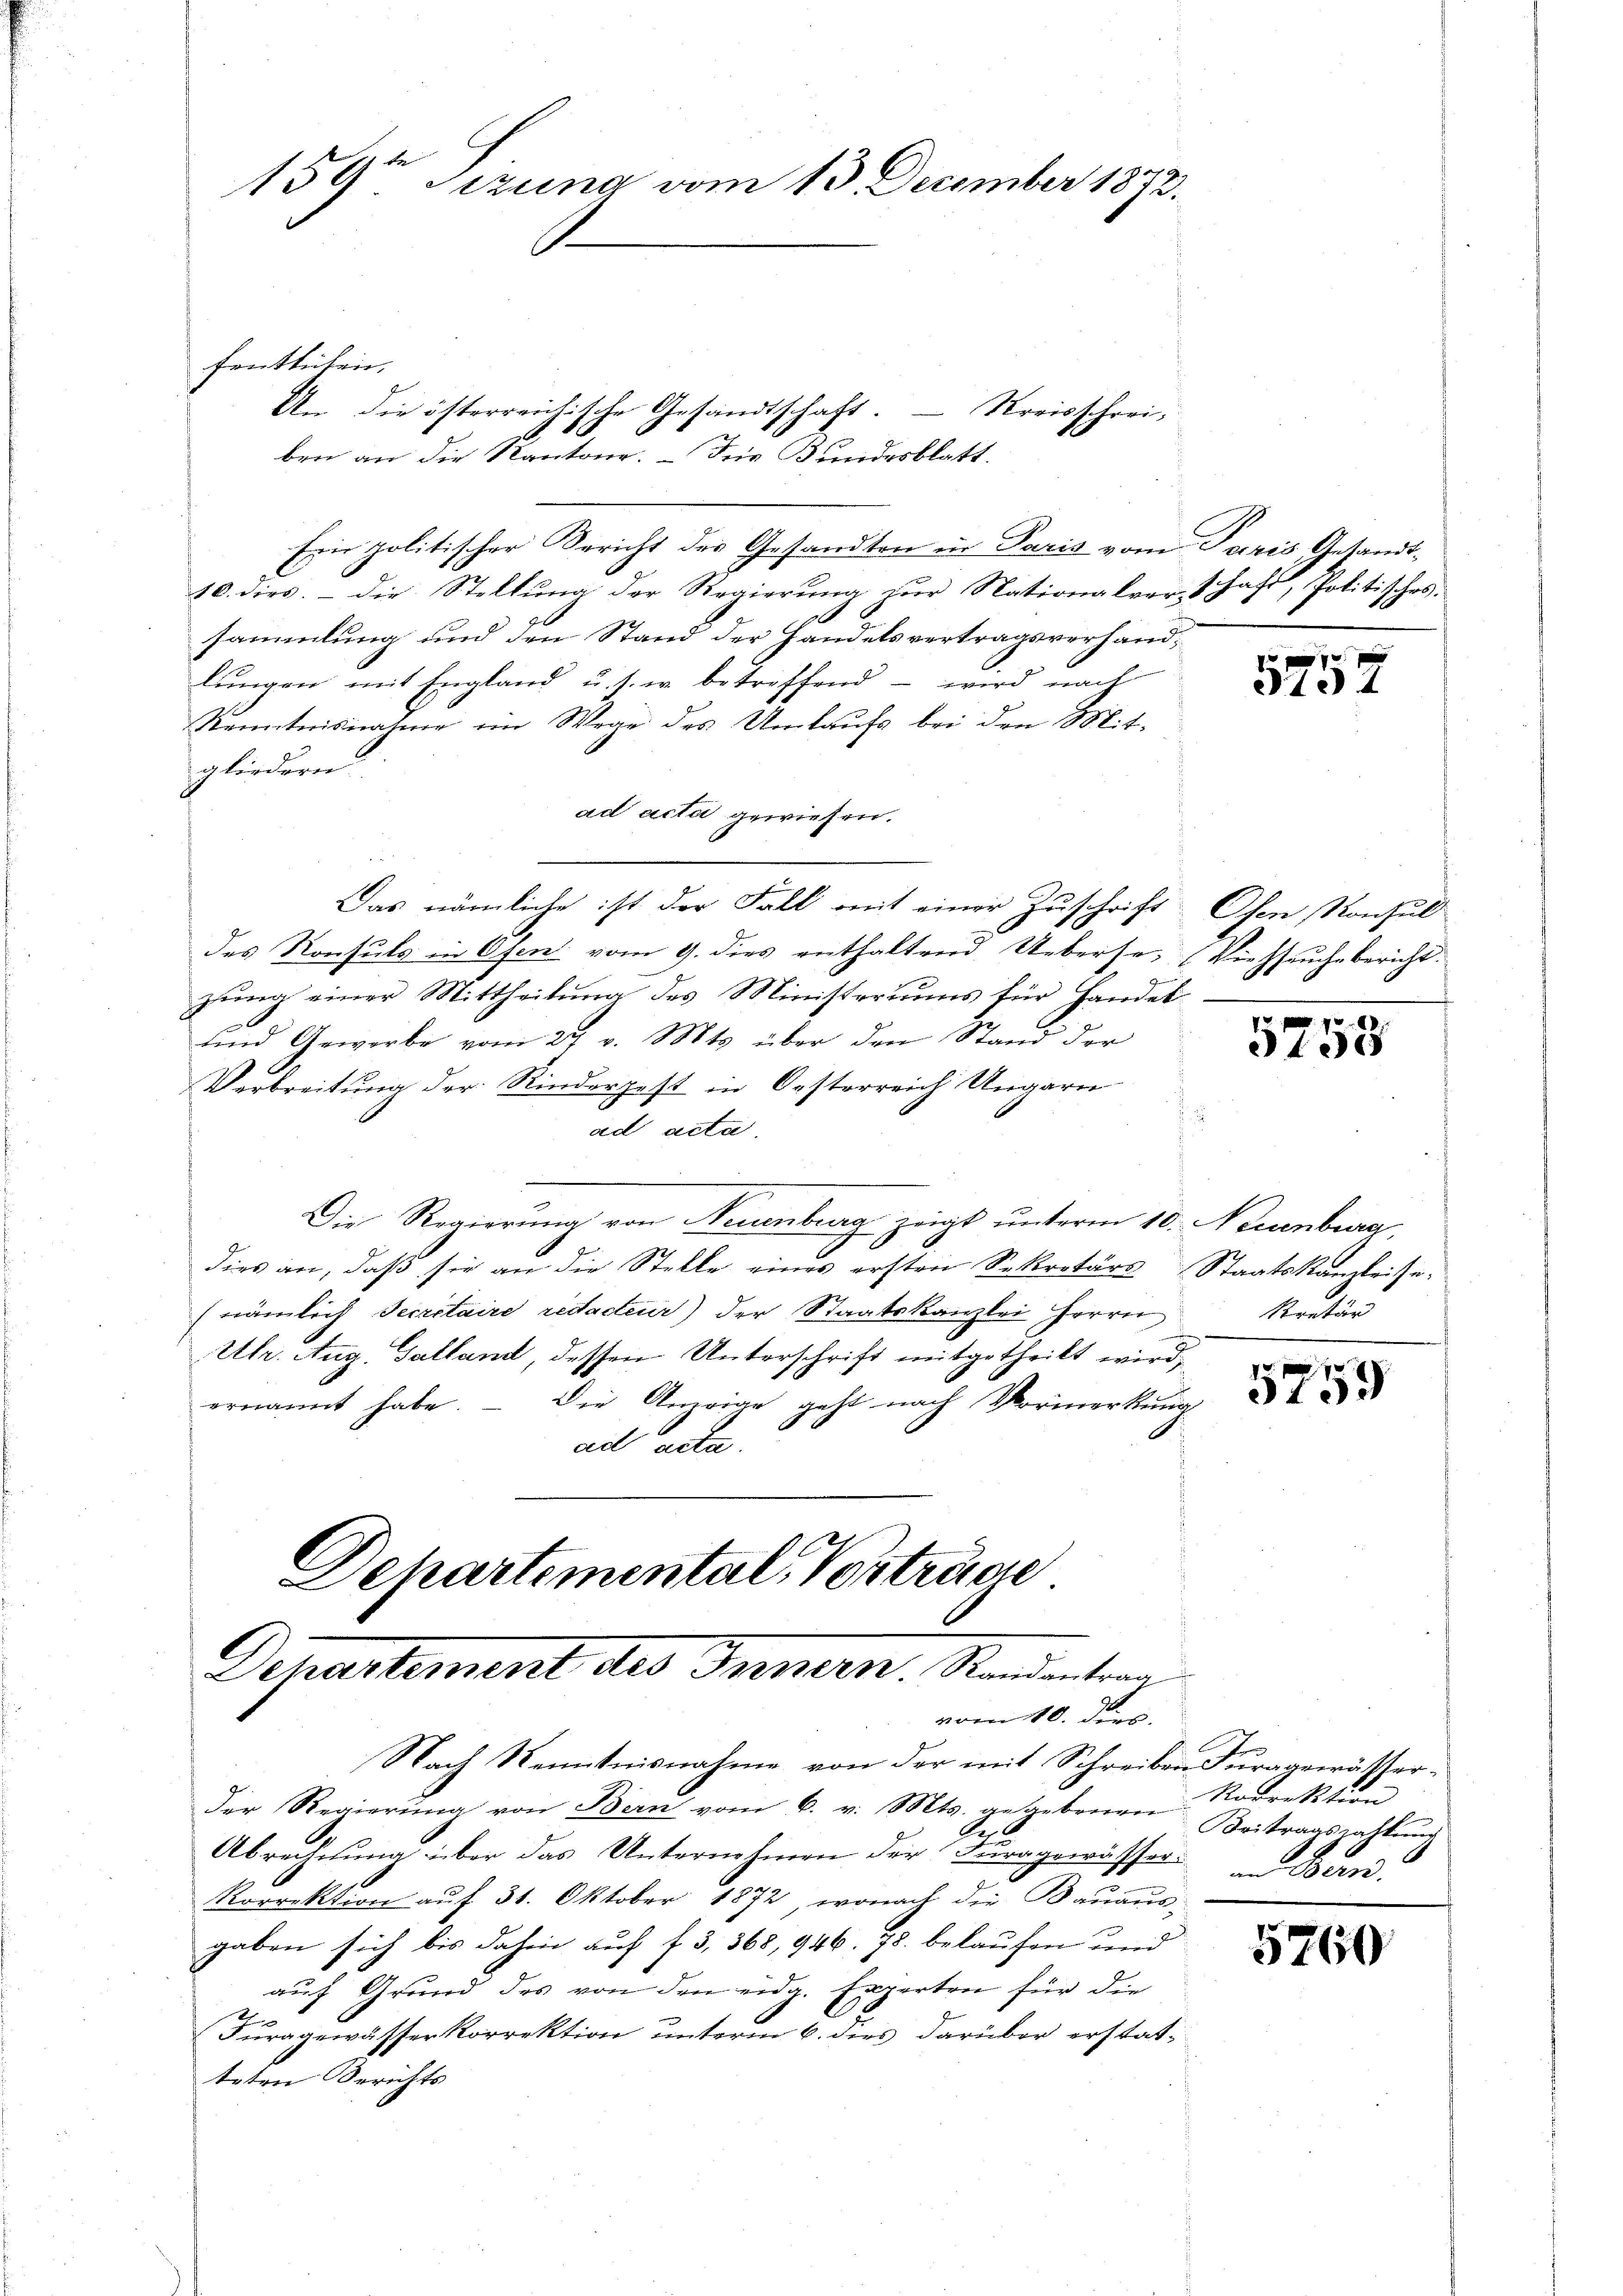
fentlichen,
Ein politischer Bericht des Gesandten in Paris vom Paris, Gesandt¬
10. dies. - Die Stellung der Regierung zur Nationalverschaft, Politisches.
sammlung und den Stand der Handelsvertragsverhandlŭngen mit England u. s. w. betroffend – wird nach
Kenntnisnahme ein Wege des Umlaufs bei den Mit-
gliedern.
ad acti gewiesen.
Das nämliche ist der Fall mit einer Zuschrift Osen Konsul
des Konsuls in Ofen vom 9. dies enthaltend Ueberse, (Viehseuche bericht.
zung einer Mittheilung des Ministeriums für Handel¬
und Gewerbe vom 27 v. Mts. über den Stand der
Verbreitung der Rinderpest in Oesterreich Ungarn
ad acta.
Die Regierung von Neuenburg zeigt unterm 10. Neuenburg,
dies an, daβ sie an die Stelle eines ersten Sekretärs Staatskanzleise-
(nämlich Secretaire redacteur) der Staatskanzlei Herrn
Utr. Aug. Galland, dessen Unterschrift mitgetheilt wird,
ernannt habe. – Die Anzeige geht nach Vormerkung
ad acta.

159te Sitzung vom 13. Dezember 1872.

An die österreichische Gesandtschaft. – Kreisschrei-
ben an die Kantone. – Die Bundesblatt

Dchartemental, Vorträge
Departement des Innern, Standentrag
vom 10. ds.

Nach Kenntnisnahme von der mit Schreibensuragewässerder Regierŭng von Bern vom 6. v. Mts. gegebenen Beitragszahlŭng
Paps
Abrechnung über das Unternehmen der Furagewässer.
Korrektion auf 31. Oktober 1872, wonach die Bauaus-
gaben sich bis dahin auch f. 3, 368, 946. 78. belaufen und
auf Grund des von den eidg. Experten für die
Furagewässerkorrektion unterm 6. dies darüber erstatteten Berichts

552

5758

Kretär

f
5159

A.
Rodrektion
an Bern.

5760